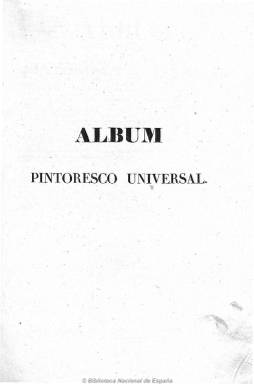
Título: Álbum pintoresco universal
Colección: Semanarios de amenidades
Ámbito geográfico: Barcelona
Lugar de publicación: Barcelona
Fechas: 01/01/1841-31/12/1843

Se considera a esta revista ilustrada como continuación de la también barcelonesa El museo de familias (1838-1841), cuyo primer cuadernillo –que lo fue de muestra- se publica el uno de junio de 1841, encabezado por el prospecto, en el que se indica que comenzará su edición periódica el uno de julio, tal como así se anuncia también en el diario barcelonés El constitucional el dos de julio de ese año. Lo hará en entregas de 24 páginas, compuestas a dos columnas, y con periodicidad quincenal. El impresor y librero Francisco Oliva es su editor y, con toda probabilidad, su director, pues no se conoce ninguna otra mención de esta responsabilidad. Tal como señala el citado prospecto, se publica en un momento en el que en España se ha generalizado la afición a la lectura de las denominadas “obras pintorescas” -sinónimo de ilustradas-, es decir, caracterizadas por la divulgación -como medio de instrucción- de la historia, la geografía, los usos y costumbres, la biografía, la arquitectura, la arqueología, los adelantos técnicos o los conocimientos sobre la naturaleza, entre otras materias, a lo que se suma la crónica viajera (por España, China, Suiza, Laponia, Rusia, Egipto, Francia, etc.) y la amena literatura (novela, teatro o poesía), pero acompañados sus textos de grabados, entonces realizados en madera de boj, y en tal sentido, la revista –dice su editor- no tenía rival en España en lo “tocante al género de las numerosas láminas” que inserta.

En el encabezamiento de sus paginas reduce el título a Álbum universal, y en su cabecera le acompaña la indicación de “obra popular”, enriquecida o adornada con numerosas y primorosas o exquisitas láminas intercaladas en el texto, y como “colección de artículos relativos a toda clase de ciencias y artes; parte recopilados de las obras europeas más acreditadas, y parte originales escritos por los principales escritores españoles”, y cita a Pedro de Madrazo, Eugenio de Ochoa, Pedro Pidal, Patricio de la Escosura o Antonio María Segovia (El Estudiante), como sus colaboradores, aunque alguno lo fuera sólo de manera testimonial.

Su denominación de “álbum” lo asemeja a la de enciclopedia, como continente de diversas materias, tratadas de forma amena; y el universal, al referirse a todos los países, de los que ofrece sus paisajes, ciudades, monumentos, personajes célebres (reyes, reinas, poetas, escritores o pintores, tanto históricos como contemporáneos), sus tipos y costumbres y, también, sus bellezas naturales. Para ello, su editor había adquirido en exclusiva los clichés del Magasin universal, y publicará –traducidos- textos procedentes sobre todo de esta y otras revistas parisinas famosas de la misma naturaleza, como Magasin pittoresque o Musée des familles, aunque no le faltarán otros originales de autores españoles, sobre todo capítulos o fragmentos de obras o artículos de costumbres, composiciones poéticas o ensayos de Mariano José de Larra, Antonio Alcalá Galiano, Álvaro Flórez Estrada, Juan Donoso Cortés, José Bermúdez de Castro, Santo López Pelegrín, Félix José Reinoso, Alberto Lista, Eugenio de Tapia, Alejandro Oliván, Vicenta Maturana, Musso y Valiente, Mesonero Romanos, Estébanez Calderón, Bretón de los Herreros, Duque de Rivas, Quintana, Zorrilla, Hermosilla, Balmes o Miñano, entre otros.

Entre sus textos, aparecen trabajos sobre los judíos en la antigua Corona de Aragón, la vida monástica en la edad media, el estado de la escultura en Italia, la crisis comercial en Gran Bretaña, sobre las costumbres islandesas o las españolas, las religiones en Japón, la organización política de la Corona de Castilla, sobre las colonias inglesas o el discurso de recepción de Javier de Burgos en la Academia Española.

Sus ilustraciones se insertan entre los textos o –como láminas- fuera de ellos, y aparecen retratos de Cleopatra, Homero, Virgilio, Montaigne, Molière, Lamartine, G. Washington, Carlos II de Inglaterra, Isabel de Baviera, Ana de Austria, el Duque de Borgoña, Simón Bolívar o Diego Clemencín, entre otros muchos, y junto a estos retratos de personajes históricos o contemporáneos, aparecen otros de tipos costumbristas, así como grabados de paisajes y parajes naturales de diferentes países, entre ellos España; de sus ciudades, de sus calles y plazas, sus monumentos y edificios artísticos, de castillos, palacios, templos, iglesias, abadías y catedrales; acueductos, puentes y torres; museos, bibliotecas, hospitales, escuelas y universidades; de ruinas, sepulcros y panteones; de sus jardines, o de reproducciones pictóricas y escultóricas, de antigüedades o de yacimientos arqueológicos. Son grabados concernientes a ciudades como Sevilla, Mérida, Jaca o Burgos; a las italianas de Verona, Bolonia, Florencia, Pisa, Siena, Venecia, Roma o Palermo; de Berlín, Constantinopla, Fráncfort, Malta, Irlanda, Georgia; Friburgo, Ámsterdam, Jerusalén, La Meca, Pekín, Viena, París, Munich o de las Islas Marianas, entre otras muchas localizaciones. También inserta dibujos de animales o de plantas.

La colección está formada por tres tomos, con un índice alfabético por orden de materias, con inclusión de las láminas, al final; que está dividido en Biografías, Historia, Historia natural, Miscelánea de ciencias, artes, industria, literatura, etc., Costumbres, Pintura, escultura y poesía, Geografía y viajes y Monumentos. El primer tomo suma 578 páginas; el segundo, 570, y el tercero, 582 páginas. María de los Ángeles Ayala Aracil (1992) ha sido la primera en acercase al estudio de esta revista.